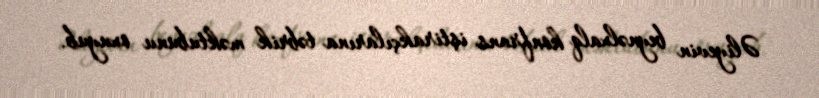
Əliyevin beynəlxalq konfrans iştirakçılarına təbrik məktubunu oxuyub.